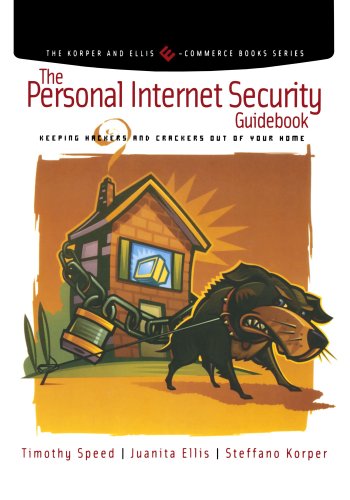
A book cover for The Personal Internet Security Guidebook: Keeping Hackers and Crackers out of Your Home (The Korper and Ellis E-Commerce Books Series); Tim Speed; Computers & Technology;